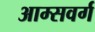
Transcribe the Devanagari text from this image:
आम्सवर्ग